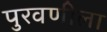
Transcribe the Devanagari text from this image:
पुरवणीला